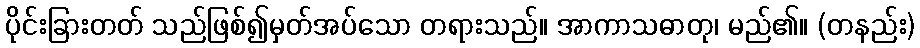
ပိုင်းခြားတတ် သည်ဖြစ်၍မှတ်အပ်သော တရားသည်။ အာကာသဓာတု၊ မည်၏။ (တနည်း)